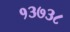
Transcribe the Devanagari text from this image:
१३७३८